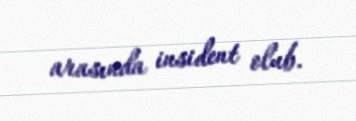
arasında insident olub.